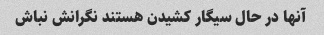
آنها در حال سیگار کشیدن هستند نگرانش نباش